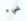
شيء